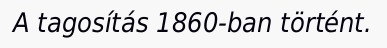
A tagosítás 1860-ban történt.